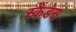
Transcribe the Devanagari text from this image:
स्कैंडेस